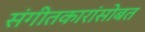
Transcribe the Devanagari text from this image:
संगीतकारांसोबत